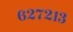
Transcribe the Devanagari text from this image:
६२७२१३